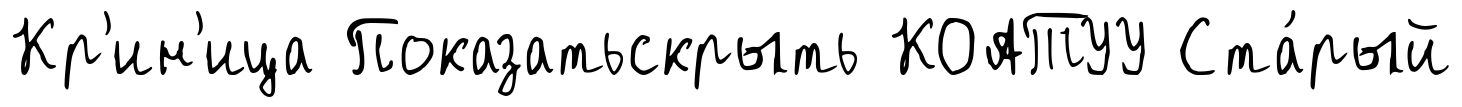
Кр'ин'ица Показатьскрыть КОАТУУ Ста́рый